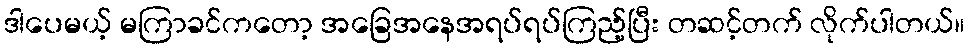
ဒါပေမယ့် မကြာခင်ကတော့ အခြေအနေအရပ်ရပ်ကြည့်ပြီး တဆင့်တက် လိုက်ပါတယ်။